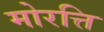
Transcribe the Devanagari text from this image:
मोरत्ति